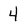
Character: 4